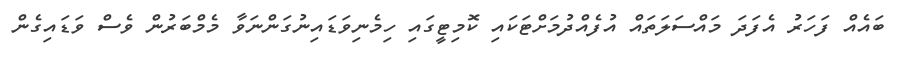
ބަައެއް ފަހަރު އެފަދަ މައްސަލަތައް އުފެއްދުމަށްޓަކައި ކޮމިޓީގައި ހިމެނިވަޑައިނުގަންނަވާ މެމްބަރުން ވެސް ވަޑައިގެން